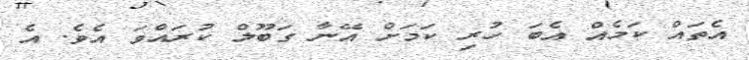
އެތައް ކަމެއް އެބަ ހުރި ކަމަށް އޭނާ ގަބޫލް ކުރައްވަ އެވެ. އެ